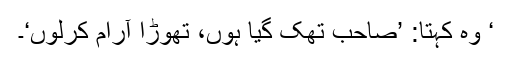
‘ وہ کہتا: ’صاحب تھک گیا ہوں، تھوڑا آرام کرلوں‘۔